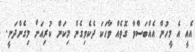
އެއީ އެ މީހުން އެއްބަސްވާ ގޮތެއް ވާހަކަ ދެކެވިގެން މިކަން ކުރިއަށް މިގެންދަނީ.